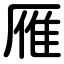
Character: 雁